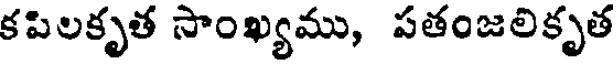
కపిలకృత సాంఖ్యము, పతంజలికృత